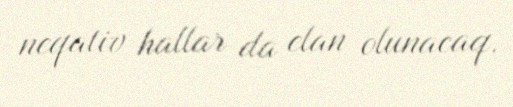
neqativ hallar da elan olunacaq.